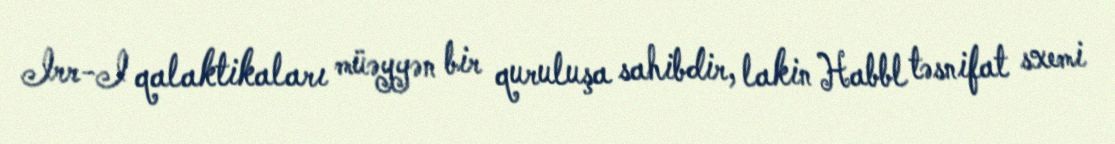
Irr-I qalaktikaları müəyyən bir quruluşa sahibdir, lakin Habbl təsnifat sxemi